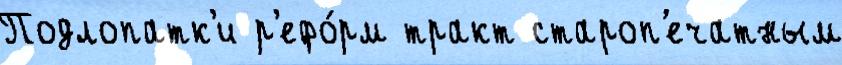
Подлопатк'и р'ефо́рм тракт староп'ечатным